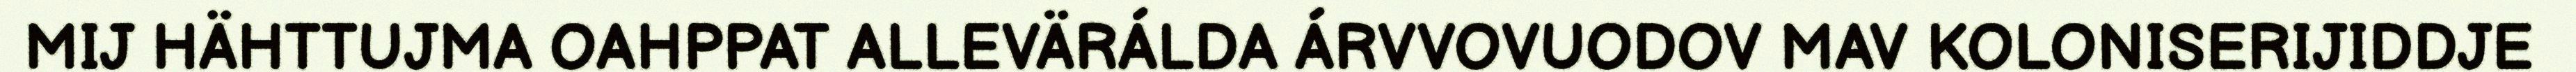
MIJ HÄHTTUJMA OAHPPAT ALLEVÄRÁLDA ÁRVVOVUODOV MAV KOLONISERIJIDDJE